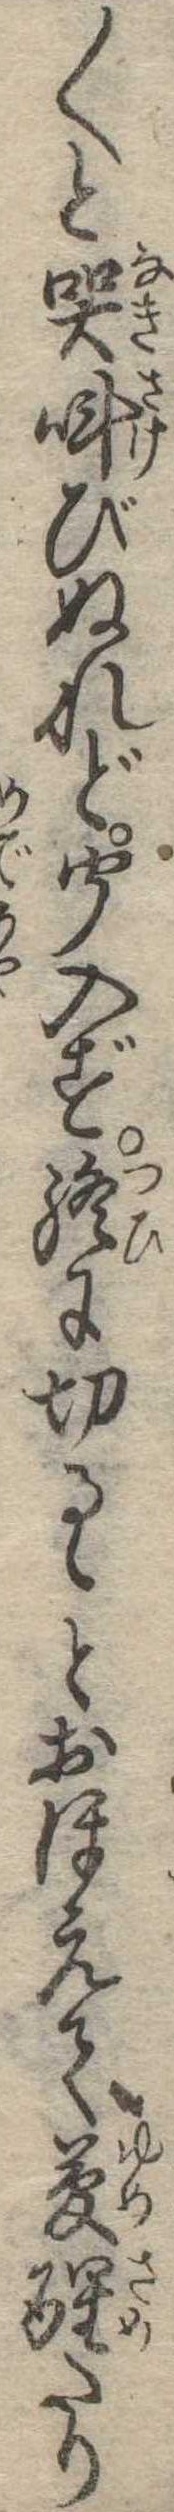
〱と哭叫びぬれど聞入ず終に切るゝとおほえて夢醒たり